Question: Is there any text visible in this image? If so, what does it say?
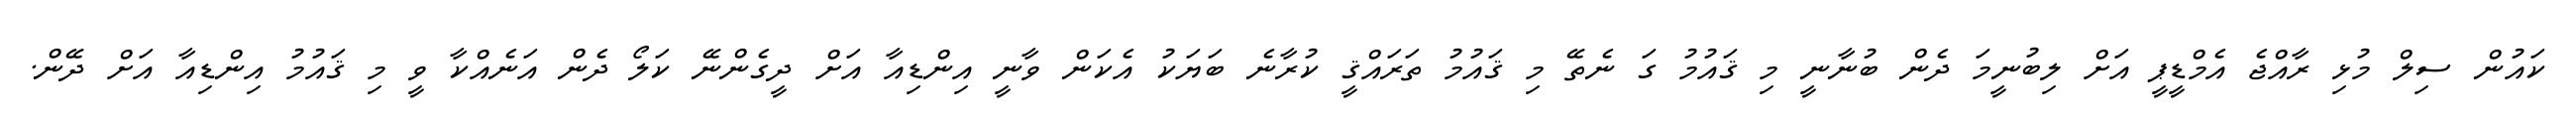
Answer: ކައުން ސިލް މުޅި ރާއްޖެ އެމްޑީޕީ އަށް ލިބުނީމަ ދެން ބުނާނީ މި ޤައުމު ގަ ނެތޭ މި ޤައުމު ތަރައްޤީ ކުރާނެ ބަޔަކު އެކަން ވާނީ އިންޑިއާ އަށް ދީގެންނޭ ކަލޯ ދެން އަނެއްކާ ވީ މި ޤައުމު އިންޑިއާ އަށް ދޭން.